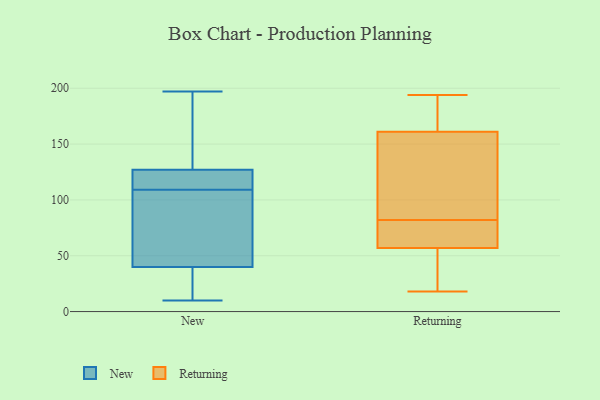
{"axis": {"x": "Page Views", "y": "Value"}, "legend": ["New", "Returning"], "data": [{"x": "", "y": 40, "type": "New"}, {"x": "", "y": 123, "type": "New"}, {"x": "", "y": 20, "type": "New"}, {"x": "", "y": 10, "type": "New"}, {"x": "", "y": 112, "type": "New"}, {"x": "", "y": 26, "type": "New"}, {"x": "", "y": 145, "type": "New"}, {"x": "", "y": 94, "type": "New"}, {"x": "", "y": 127, "type": "New"}, {"x": "", "y": 150, "type": "New"}, {"x": "", "y": 197, "type": "New"}, {"x": "", "y": 115, "type": "New"}, {"x": "", "y": 35, "type": "New"}, {"x": "", "y": 108, "type": "New"}, {"x": "", "y": 54, "type": "New"}, {"x": "", "y": 59, "type": "New"}, {"x": "", "y": 132, "type": "New"}, {"x": "", "y": 110, "type": "New"}, {"x": "", "y": 56, "type": "Returning"}, {"x": "", "y": 178, "type": "Returning"}, {"x": "", "y": 193, "type": "Returning"}, {"x": "", "y": 138, "type": "Returning"}, {"x": "", "y": 58, "type": "Returning"}, {"x": "", "y": 74, "type": "Returning"}, {"x": "", "y": 73, "type": "Returning"}, {"x": "", "y": 54, "type": "Returning"}, {"x": "", "y": 36, "type": "Returning"}, {"x": "", "y": 194, "type": "Returning"}, {"x": "", "y": 175, "type": "Returning"}, {"x": "", "y": 106, "type": "Returning"}, {"x": "", "y": 192, "type": "Returning"}, {"x": "", "y": 90, "type": "Returning"}, {"x": "", "y": 73, "type": "Returning"}, {"x": "", "y": 60, "type": "Returning"}, {"x": "", "y": 46, "type": "Returning"}, {"x": "", "y": 147, "type": "Returning"}, {"x": "", "y": 104, "type": "Returning"}, {"x": "", "y": 18, "type": "Returning"}]}